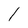
Character: 1